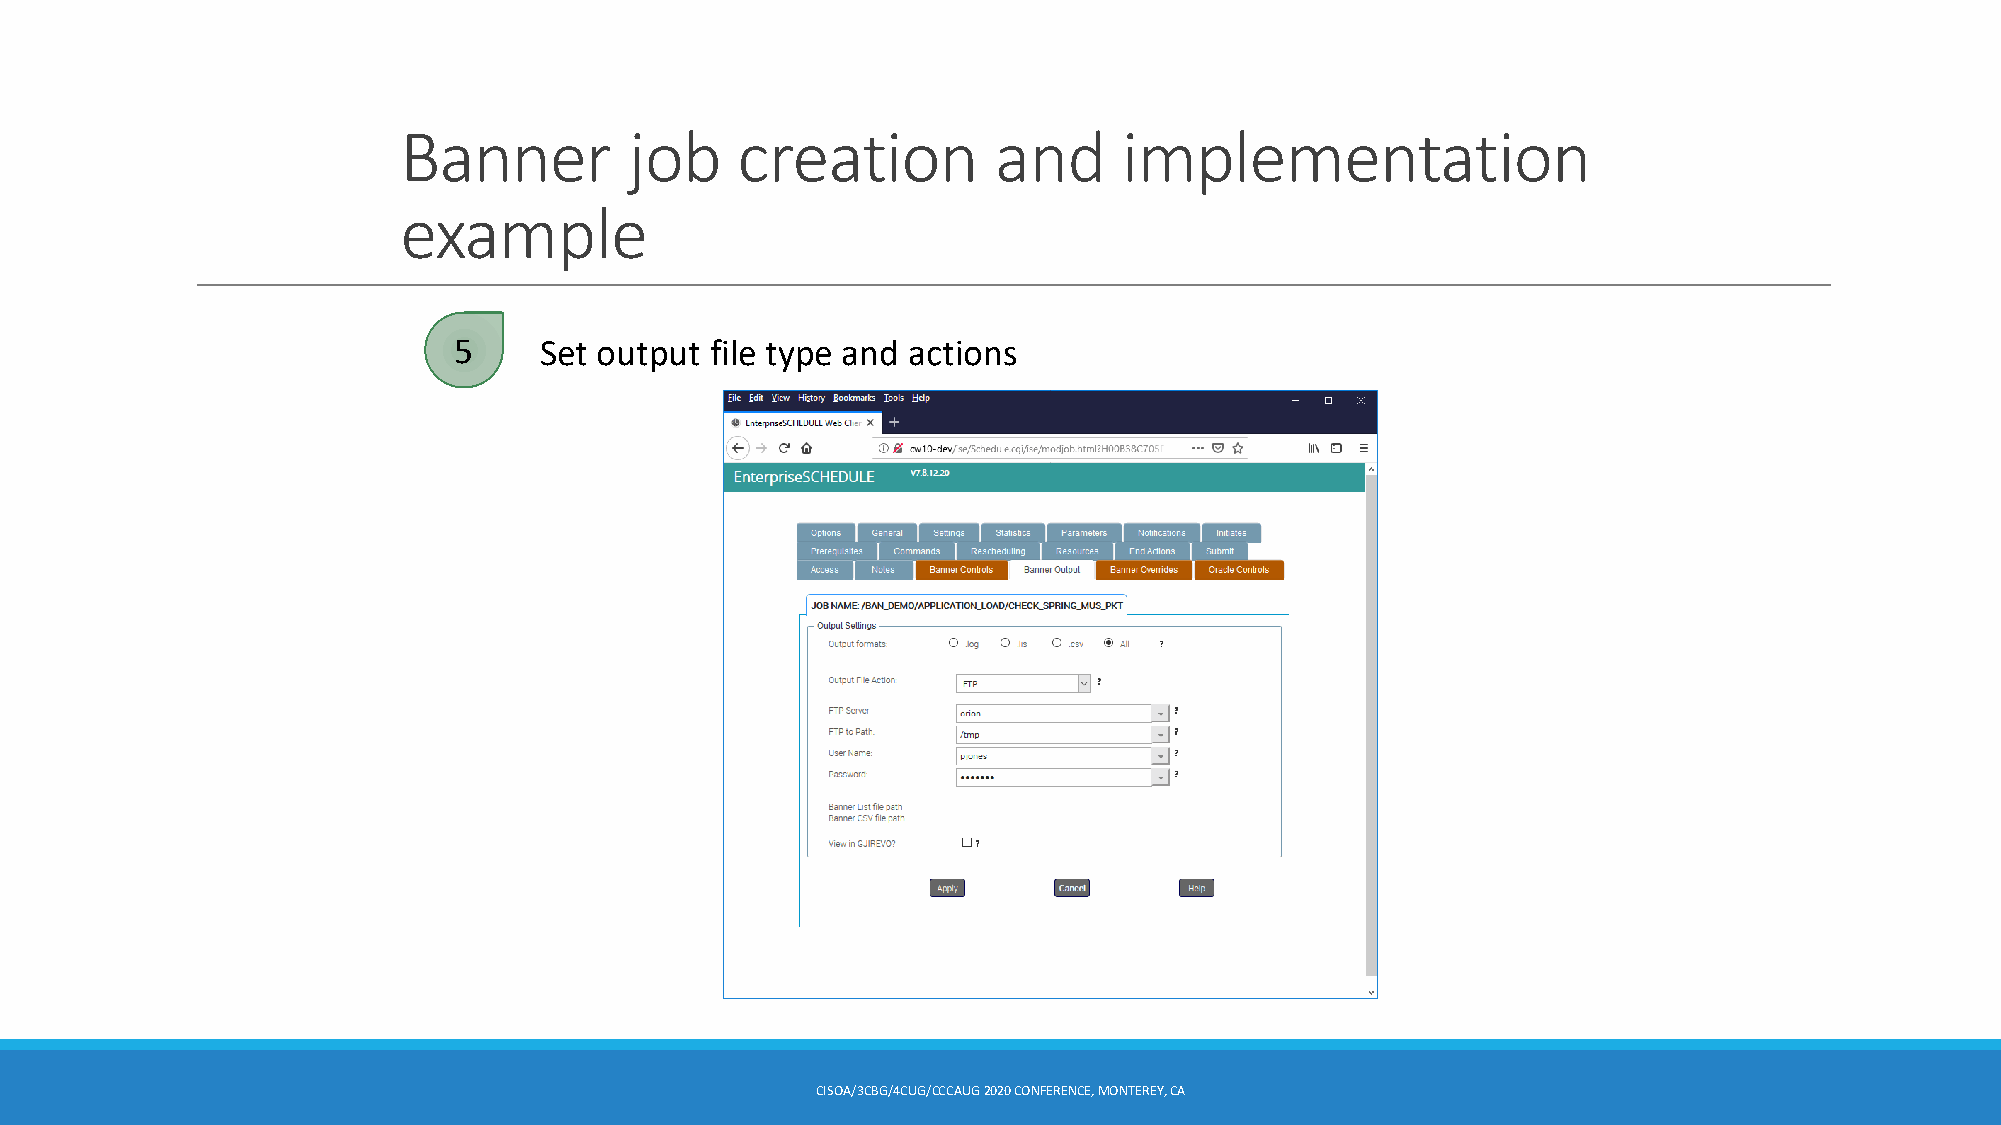
Banner          job    creation         and     implementation
 example
 5     Set output file type and actions
 CISOA/3CBG/4CUG/CCCAUG2020 CONFERENCE, MONTEREY, CA